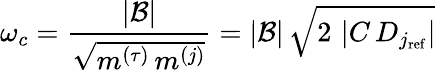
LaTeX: \omega_{c}=\frac{|\mathcal{B}|}{\sqrt{m^{(\tau)}\, m^{(j)}}}=|\mathcal{B}|\, \sqrt{2\, \left|C\, D_{j_{\mathrm{ref}}}\right|}